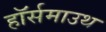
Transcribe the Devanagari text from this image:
हॉर्समाउथ